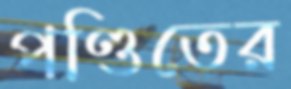
পণ্ডিতের